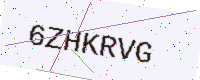
Text: 6ZHKRVG